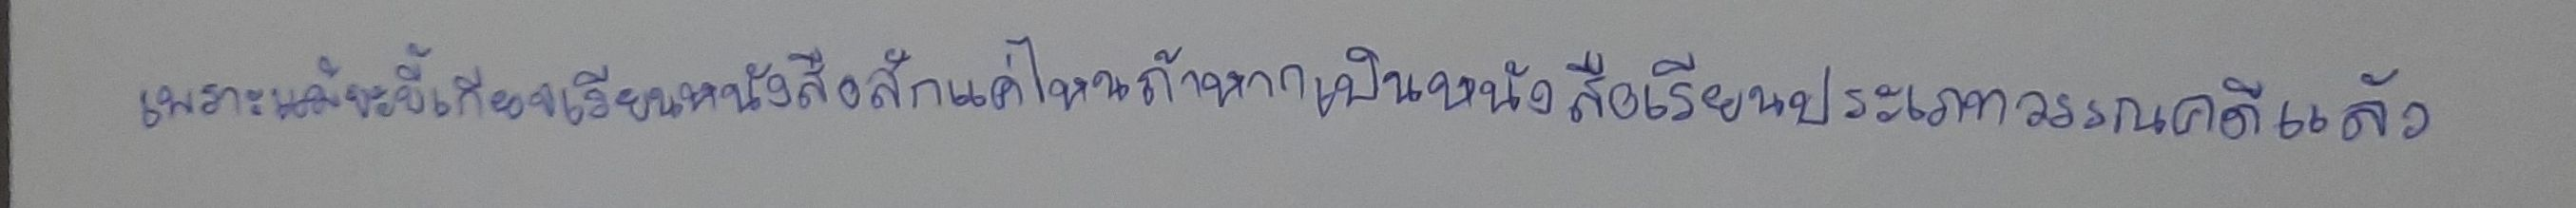
เพราะแม้จะขึ้เกียจเรียนหนังสือสักแค่ไหนถ้าหากเป็นหนังสือเรียนประเภทวรรณคดีแล้ว